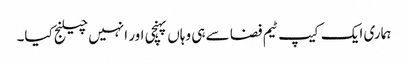
ہماری ایک کیپ ٹیم فضا سے ہی وہاں پہنچی اور انہیں چیلنج کیا۔